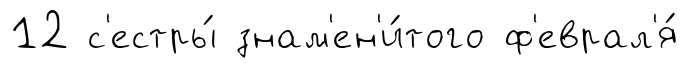
12 с'естры́ знам'ен'и́того ф'еврал'я́